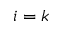
i = k